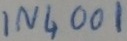
Text: IN4001